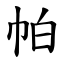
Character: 帕